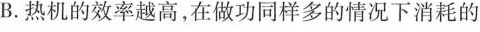
B.热机的效率越高，在做功同样多的情况下消耗的